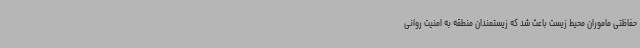
حفاظتی ماموران محیط زیست باعث شد که زیستمندان منطقه به امنیت روانی